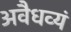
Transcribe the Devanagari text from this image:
अवैधव्यं